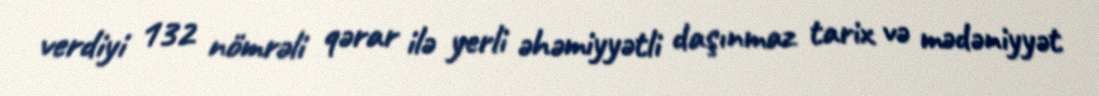
verdiyi 132 nömrəli qərar ilə yerli əhəmiyyətli daşınmaz tarix və mədəniyyət